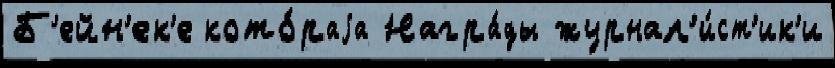
Б'ейн'ек'е кото́раjа Награ́ды журнал'и́ст'ик'и